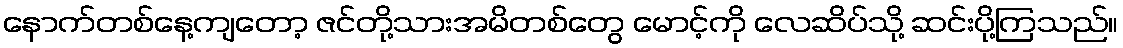
နောက်တစ်နေ့ကျတော့ ဇင်တို့သားအမိတစ်တွေ မောင့်ကို လေဆိပ်သို့ ဆင်းပို့ကြသည်။